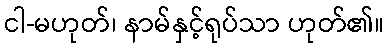
ငါ-မဟုတ်၊ နာမ်နှင့်ရုပ်သာ ဟုတ်၏။